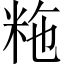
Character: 粚